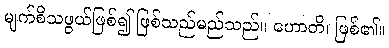
မျက်စိသဖွယ်ဖြစ်၍ ဖြစ်သည်မည်သည်။ ဟောတိ၊ ဖြစ်၏။